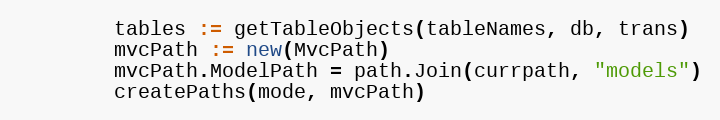
Language: Go
		tables := getTableObjects(tableNames, db, trans)
		mvcPath := new(MvcPath)
		mvcPath.ModelPath = path.Join(currpath, "models")
		createPaths(mode, mvcPath)